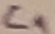
Text: C1